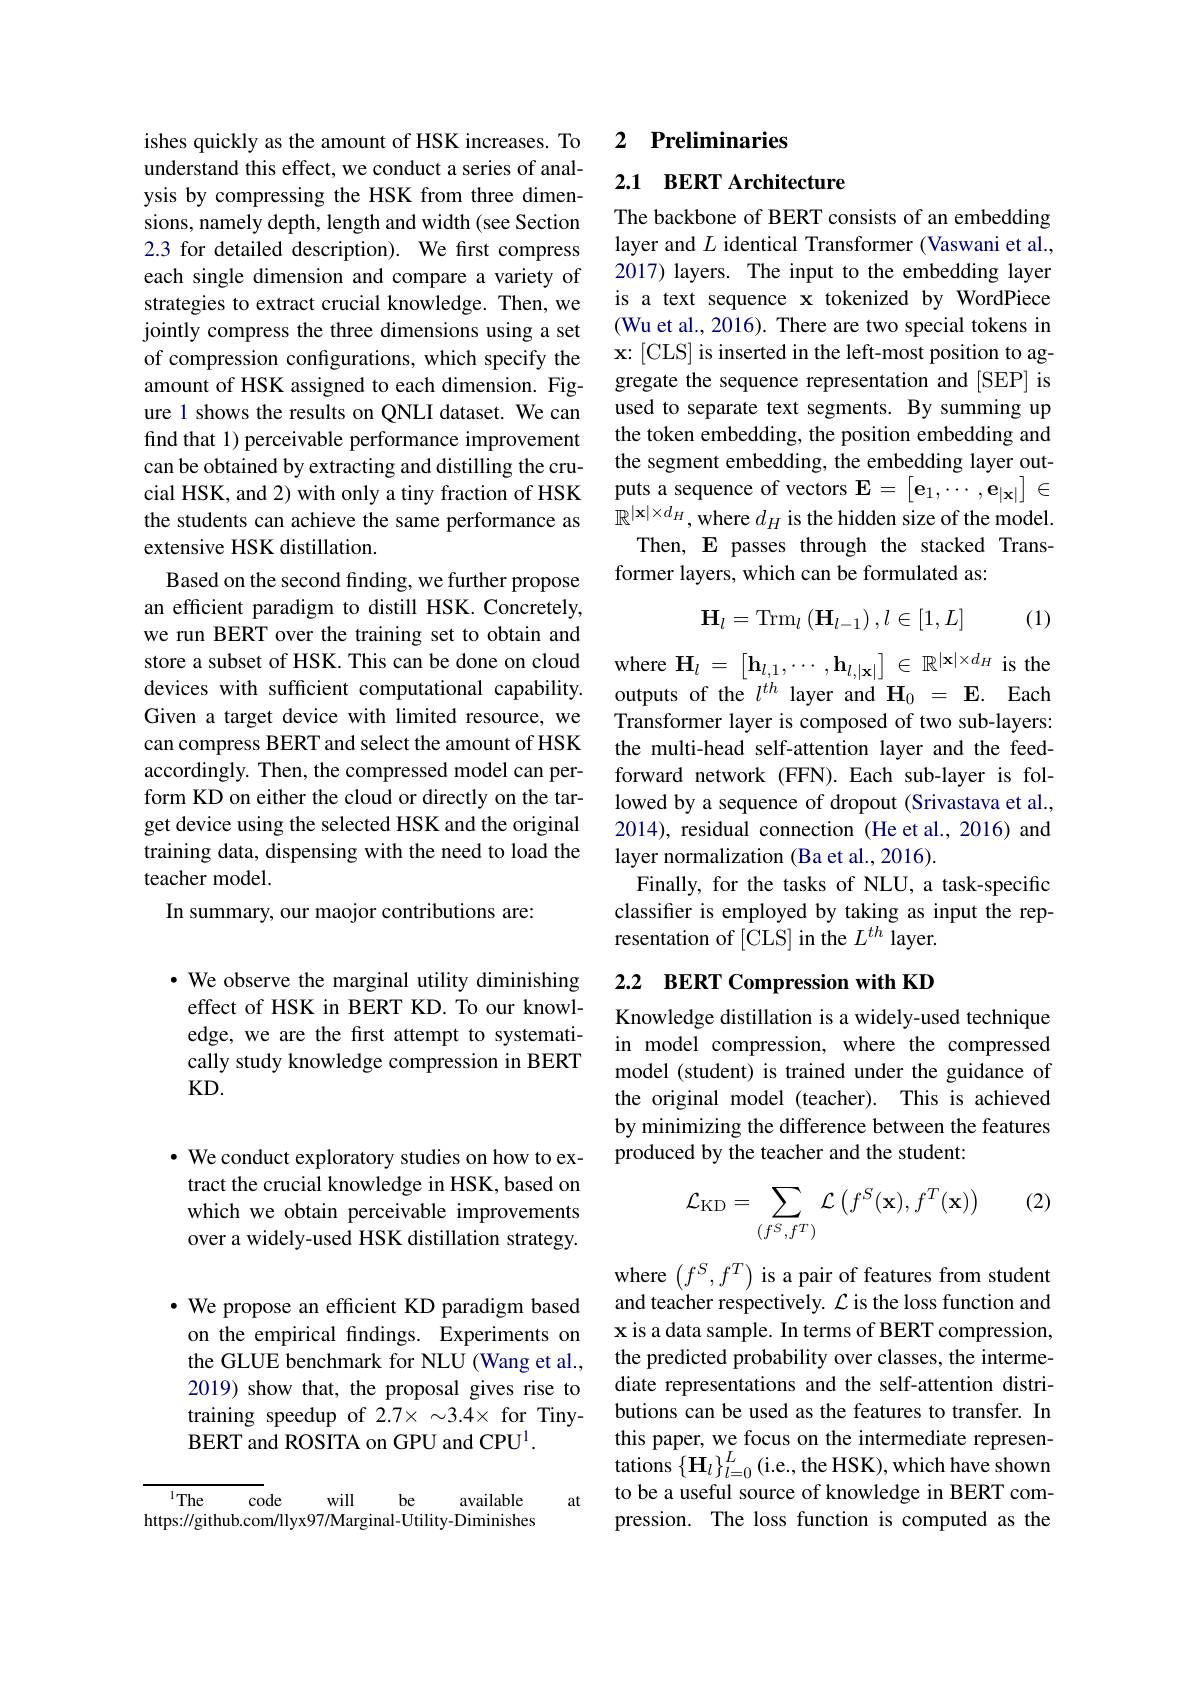
ishes quickly as the amount of HSK increases. To understand this effect, we conduct a series of analysis by compressing the HSK from three dimensions, namely depth, length and width (see Section 2.3 for detailed description). We first compress each single dimension and compare a variety of strategies to extract crucial knowledge. Then, we jointly compress the three dimensions using a set of compression configurations, which specify the amount of HSK assigned to each dimension. Figure 1 shows the results on QNLI dataset. We can find that 1) perceivable performance improvement can be obtained by extracting and distilling the crucial HSK, and 2) with only a tiny fraction of HSK the students can achieve the same performance as extensive HSK distillation.
Based on the second finding, we further propose an efficient paradigm to distill HSK. Concretely, we run BERT over the training set to obtain and store a subset of HSK. This can be done on cloud devices with sufficient computational capability. Given a target device with limited resource, we can compress BERT and select the amount of HSK accordingly. Then, the compressed model can perform KD on either the cloud or directly on the target device using the selected HSK and the original training data, dispensing with the need to load the teacher model.
In summary, our maojor contributions are:

· We observe the marginal utility diminishing effect of HSK in BERT KD. To our knowledge, we are the first attempt to systematically study knowledge compression in BERT KD.

$\cdot$ We conduct exploratory studies on how to extract the crucial knowledge in HSK, based on which we obtain perceivable improvements over a widely-used HSK distillation strategy.

· We propose an efficient KD paradigm based on the empirical findings. Experiments on the GLUE benchmark for NLU (Wang et al., 2019) show that, the proposal gives rise to training speedup of 2.7× $\sim3.4\times$ for TinyBERT and ROSITA on GPU and CPU$^{1}.$

at

$^{1}$The
will
be
code
available
https://github.com/llyx97/Marginal-Utility-Diminishes

## 2 Preliminaries

## 2.1 BERT Architecture

The backbone of BERT consists of an embedding layer and $L$ identical Transformer (Vaswani et al., 2017) layers. The input to the embedding layer is a text sequence x tokenized by WordPiece (Wu et al., 2016). There are two special tokens in x: [CLS] is inserted in the left-most position to aggregate the sequence representation and [SEP] is used to separate text segments. By summing up the token embedding, the position embedding and the segment embedding, the embedding layer outputs a sequence of vectors $\mathbf{E}=\begin{bmatrix}\mathbf{e}_1,\cdots,\mathbf{e}_{|\mathbf{x}|}\end{bmatrix}\in$ $\mathbb{R}^{|\mathbf{x}|\times d_H}$,where $d_H$ is the hidden size of the model.
Then, E passes through the stacked Trans-
former layers, which can be formulated as:
$$\mathbf{H}_l=\mathrm{Trm}_l\left(\mathbf{H}_{l-1}\right),l\in[1,L]$$
(1)

where $\mathbf{H}_l=\begin{bmatrix}\mathbf{h}_{l,1},\cdots,\mathbf{h}_{l,|\mathbf{x}|}\end{bmatrix}\in\mathbb{R}^{|\mathbf{x}|\times d_{H}}$ is the outputs of the $l^{th}$ layer and $\mathbf{H}_0=\mathbf{E}.$ Each Transformer layer is composed of two sub-layers: the multi-head self-attention layer and the feedforward network (FFN).Each sub-layer is followed by a sequence of dropout (Srivastava et al., 2014), residual connection (He et al., 2016) and layer normalization (Ba et al., 2016).
Finally, for the tasks of NLU, a task-specific classifer is employed by taking as input the representation of [CLS] in the $L^{th}$ layer.

## 2.2 BERT Compression with KD

Knowledge distillation is a widely-used technique in model compression, where the compressed model (student) is trained under the guidance of the original model (teacher). This is achieved by minimizing the difference between the features produced by the teacher and the student:

(2)
$$\mathcal{L}_{\mathrm{KD}}=\sum_{(f^S,f^T)}\mathcal{L}\left(f^S(\mathbf{x}),f^T(\mathbf{x})\right)$$
where $\left ( f^S, f^T\right )$is a pair of features from student and teacher respectively. $\mathcal{L}$is the loss function and x is a data sample. In terms of BERT compression, the predicted probability over classes, the intermediate representations and the self-attention distributions can be used as the features to transfer. In this paper, we focus on the intermediate representations $\left\{\mathbf{H}_{l}\right\}_{l=0}^{L}($i.e., the HSK), which have shown to be a useful source of knowledge in BERT compression. The loss function is computed as the